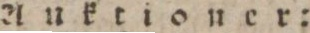
Anktioner: